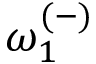
{ \omega } _ { 1 } ^ { ( - ) }